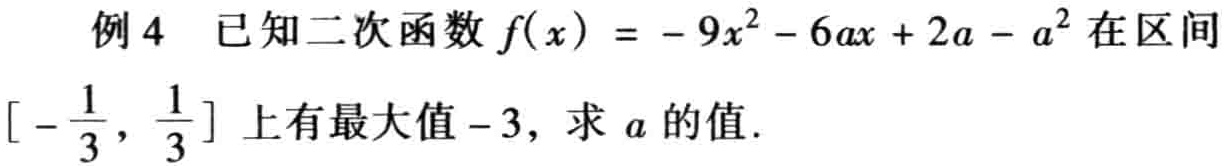
例 4 已知二次函数\(f(x)= - 9x^{2}-6ax + 2a - a^{2}\)在区间\([-\frac{1}{3},\frac{1}{3}]\)上有最大值\(-3\)，求\(a\)的值.